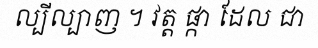
ល្បីល្បាញ ។ វត្ត ផ្កា ដែល ជា